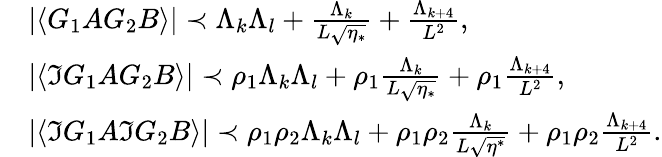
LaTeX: \begin{array}{rl}&{|\langle G_{1}AG_{2}B\rangle|\prec\Lambda_{k}\Lambda_{l}+\frac{\Lambda_{k}}{L\sqrt{\eta_{*}}}+\frac{\Lambda_{k+4}}{L^{2}},\, }\\ &{|\langle\Im G_{1}AG_{2}B\rangle|\prec\rho_{1}\Lambda_{k}\Lambda_{l}+\rho_{1}\frac{\Lambda_{k}}{L\sqrt{\eta_{*}}}+\rho_{1}\frac{\Lambda_{k+4}}{L^{2}},}\\ &{|\langle\Im G_{1}A\Im G_{2}B\rangle|\prec\rho_{1}\rho_{2}\Lambda_{k}\Lambda_{l}+\rho_{1}\rho_{2}\frac{\Lambda_{k}}{L\sqrt{\eta^{*}}}+\rho_{1}\rho_{2}\frac{\Lambda_{k+4}}{L^{2}}.}\end{array}